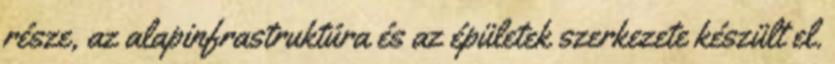
része, az alapinfrastruktúra és az épületek szerkezete készült el.